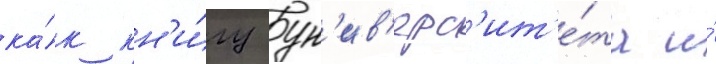
ка́к кн'и́гу ун'ив'ерс'ит'е́та и́